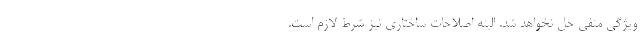
ویژگی منفی حل نخواهد شد. البته اصلاحات ساختاری نیز شرط لازم است.